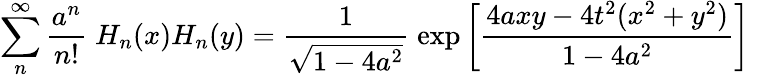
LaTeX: \sum_{n}^{\infty}{\frac{a^{n}}{n!}}\; H_{n}(x)H_{n}(y)={\frac{1}{\sqrt{1-4a^{2}}}}\; \mathrm{exp}\left[{\frac{4axy-4t^{2}(x^{2}+y^{2})}{1-4a^{2}}}\right]\;